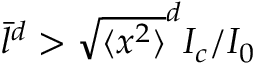
\bar { l } ^ { d } > \sqrt { \langle x ^ { 2 } \rangle } ^ { d } I _ { c } / I _ { 0 }